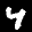
Label: 4